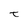
Character: t